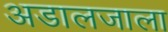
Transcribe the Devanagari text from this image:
अडालजाला